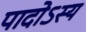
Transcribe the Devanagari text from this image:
पादोऽस्य